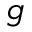
g